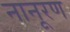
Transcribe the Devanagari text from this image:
नानूरण